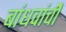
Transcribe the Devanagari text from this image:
बांधवांचीे